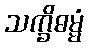
သက္ခိဓမ္မံ